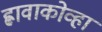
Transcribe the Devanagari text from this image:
ह्लावाकोव्हा